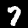
Digit: 7